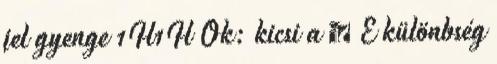
jel gyenge 1H1H Ok: kicsi a  E különbség